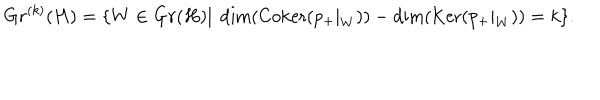
LaTeX: G r ^ { ( k ) } ( H ) = \{ W \in G r ( H ) | \ \dim ( \mathrm { C o k e r } ( p _ { + } | _ { W } ) ) - \dim ( \mathrm { K e r } ( p _ { + } | _ { W } ) ) = k \} .